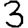
Digit: 3